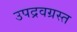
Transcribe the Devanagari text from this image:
उपद्रवग्रस्त